Leaving Certificate Examination, 1914
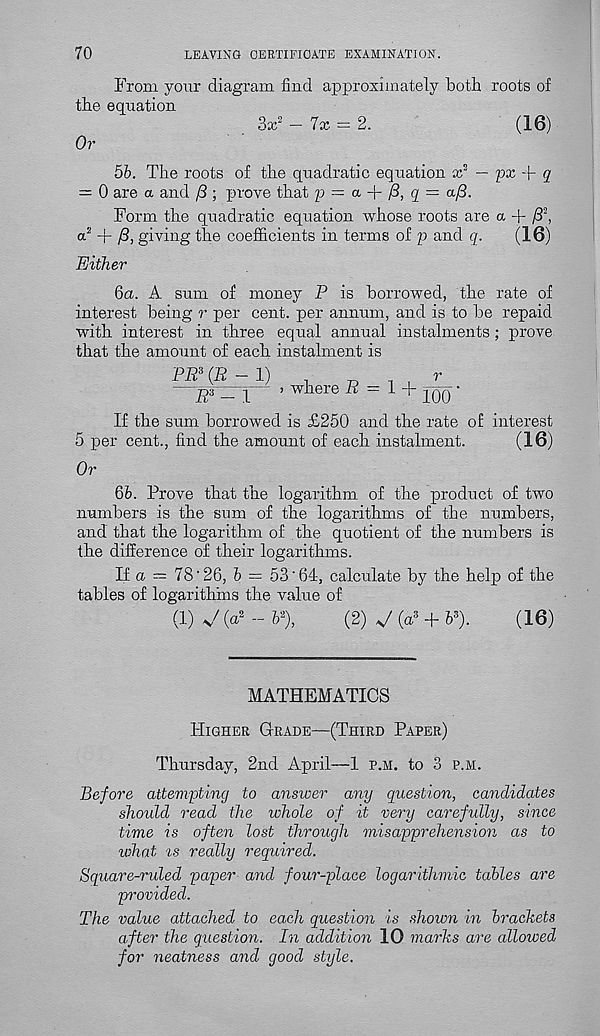
70
LEAVING CERTIFICATE EXAMINATION.
From your diagram find approximately botli roots of
the equation
3x 2 - lx = 2.
(16)
Or
5b. The roots of the quadratic equation ad — px + q
= 0 are a and /3 ; prove that p — a + /3, g = a/3.
Form the quadratic equation whose roots are a + /T,
a 2 + /3, giving the coefficients in terms of p and q.
(16)
Either
6a. A sum of money P is borrowed, the rate of
interest being r per cent, per annum, and is to be repaid
with interest in three equal annual instalments; prove
that the amount of each instalment is
PP 3 (P - 1)
„
,
r
—q— > where P = 1 + jqq •
If the sum borrowed is £250 and the rate of interest
5 per cent., find the amount of each instalment.
(16)
Or
Qb. Prove that the logarithm of the product of two
numbers is the sum of the logarithms of the numbers,
and that the logarithm of the quotient of the numbers is
the difference of their logarithms.
If a = 78'26, & = 53'64, calculate by the help of the
tables of logarithms the value of
(l) v /(a 2 -P),
(2)V(a 3 + P).
(16)
MATHEMATICS
Higher Grade—(Third Paper)
Thursday, 2nd April—1 p.h. to 3 p.m.
Before attempting to answer any question, candidates
should read the whole of it very carefully, since
time is often lost through misapprehension as to
what is really required.
Square-ruled paper and four-place logarithmic tables are
provided.
The value attached to each question is shown in brackets
after the question. In addition 10 marks are allowed
for neatness and good style.